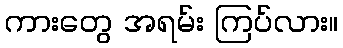
ကားတွေ အရမ်း ကြပ်လား။